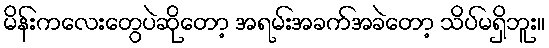
မိန်းကလေးတွေပဲဆိုတော့ အရမ်းအခက်အခဲတော့ သိပ်မရှိဘူး။